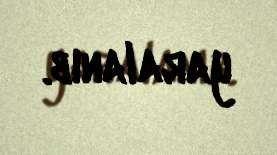
yaralanıb.